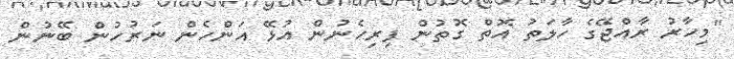
"މިހާރު ރާއްޖޭގެ ހާލަތު އޮތް ގޮތުން ފިރިހެނުން އުޅޭ އަންހެން ނަރުހުން ބޭނުން